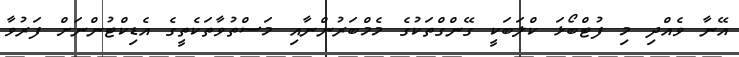
އޭނާ ވެއްދި މި ފުޓްބޯޅަ ކްލަބަކީ ގޭންގްތަކުގެ މެމްބަރުންނާއި މަސްތުވާތަކެތީގެ އެޑިކްޓުންނަށް ފަރުވާ